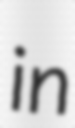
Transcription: in